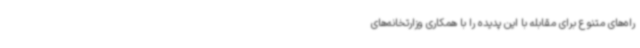
راه‌های متنوع برای مقابله با این پدیده را با همکاری وزارتخانه‌های